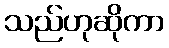
သည်ဟုဆိုကာ